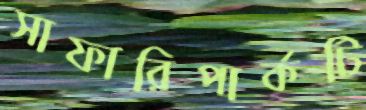
সাফারিপার্কটি